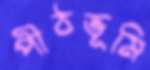
পীঠভূমি